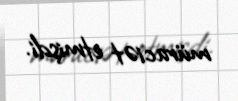
müraciət etmişdi.